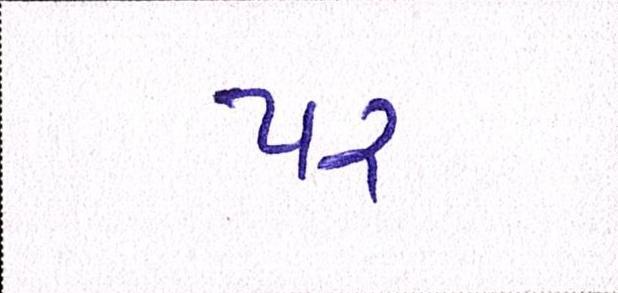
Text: પર